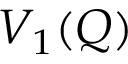
V _ { 1 } ( \boldsymbol { Q } )